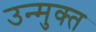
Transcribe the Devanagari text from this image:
उन्‍मुक्‍त